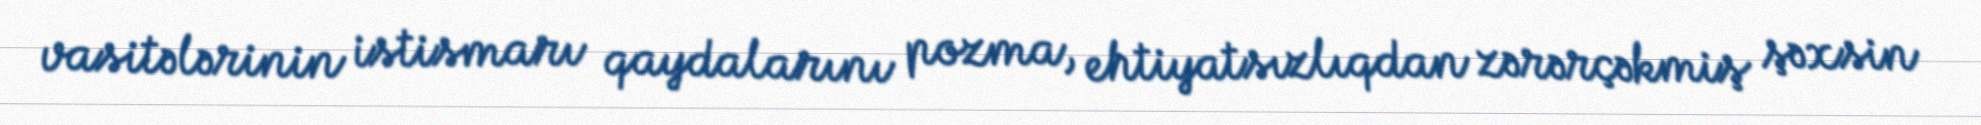
vasitələrinin istismarı qaydalarını pozma, ehtiyatsızlıqdan zərərçəkmiş şəxsin